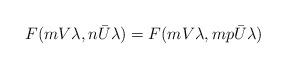
LaTeX: \begin{align*}F(m V \lambda, n \bar{U} \lambda) = F(m V \lambda, m p \bar{U} \lambda)\end{align*}